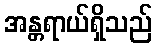
အန္တရာယ်ရှိသည်